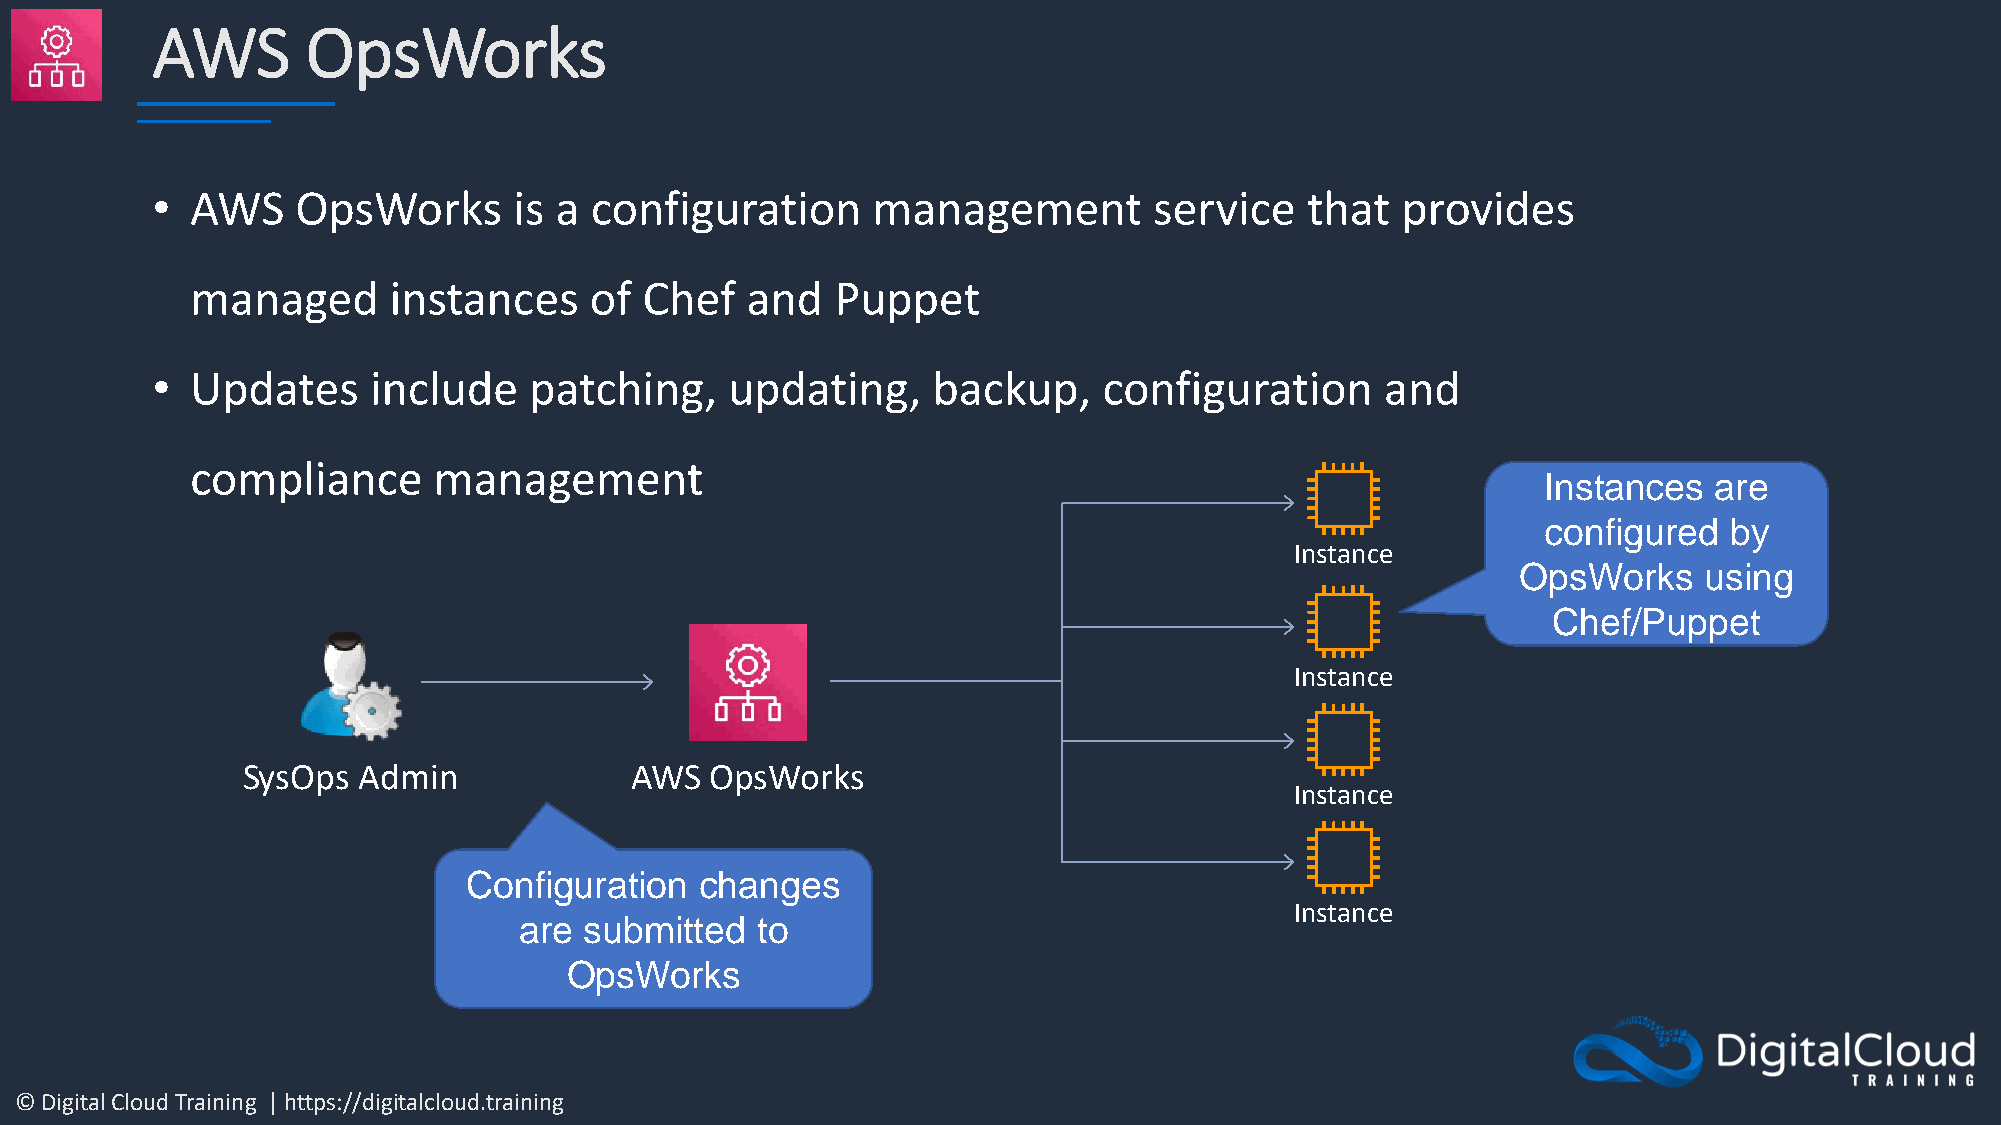
AWS       OpsWorks
 •  AWS    OpsWorks      is a configuration      management        service   that   provides
 managed      instances    of  Chef  and   Puppet
 •  Updates    include    patching,    updating,     backup,    configuration      and
 compliance      management
 Instances  are
 configured  by
 Instance
 OpsWorks    using
 Chef/Puppet
 Instance
 SysOps  Admin             AWS  OpsWorks
 Instance
 Configuration  changes
 Instance
 are  submitted  to
 OpsWorks
 © Digital Cloud Training | https://digitalcloud.training